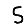
Digit: 5